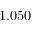
1 . 0 5 0